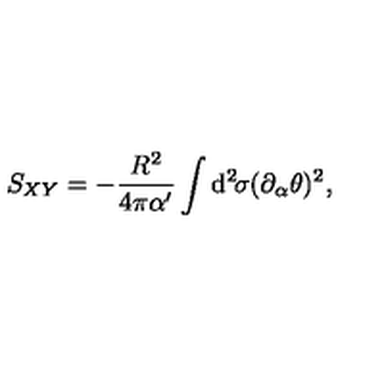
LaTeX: S _ { X Y } = - \frac { R ^ { 2 } } { 4 \pi \alpha ^ { \prime } } \int \mathrm { d } ^ { 2 } \! \sigma ( \partial _ { \alpha } \theta ) ^ { 2 } ,